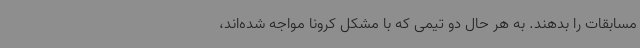
مسابقات را بدهند. به هر حال دو تیمی که با مشکل کرونا مواجه شده‌اند،